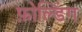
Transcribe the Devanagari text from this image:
फ़ोल्डिंग